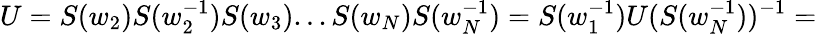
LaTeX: U=S(w_{2})S(w_{2}^{-1})S(w_{3})...S(w_{N})S(w_{N}^{-1})=S(w_{1}^{-1})U(S(w_{N}^{-1}))^{-1}=